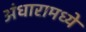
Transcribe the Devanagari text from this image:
अंधारामध्ये